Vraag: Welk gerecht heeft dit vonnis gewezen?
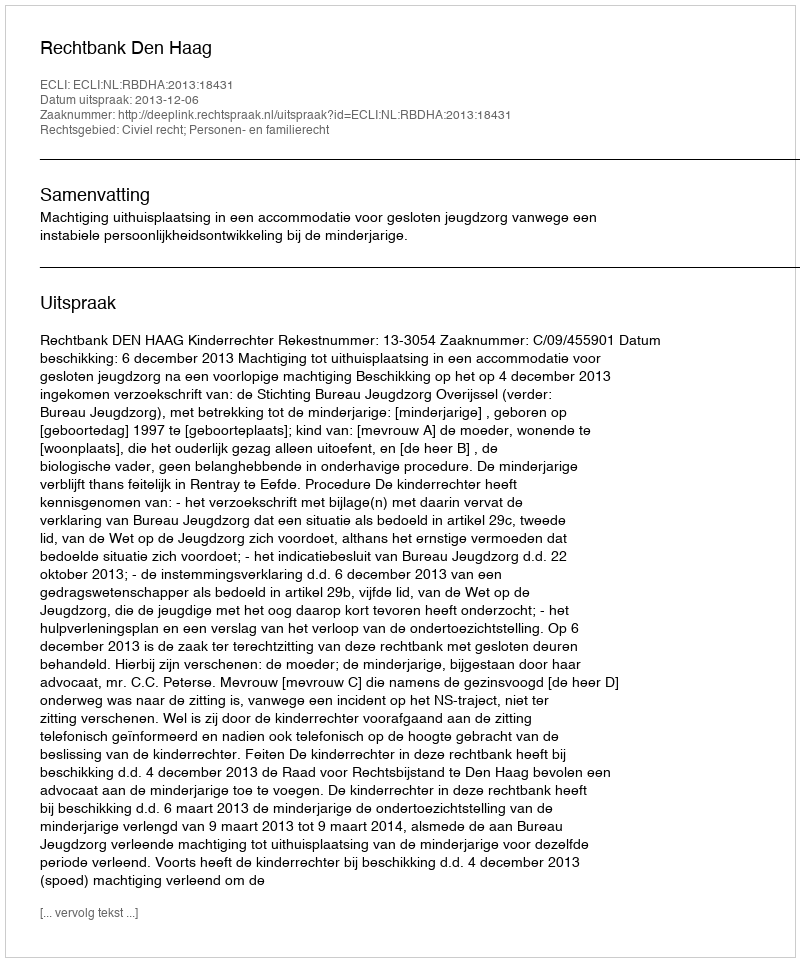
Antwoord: Rechtbank Den Haag